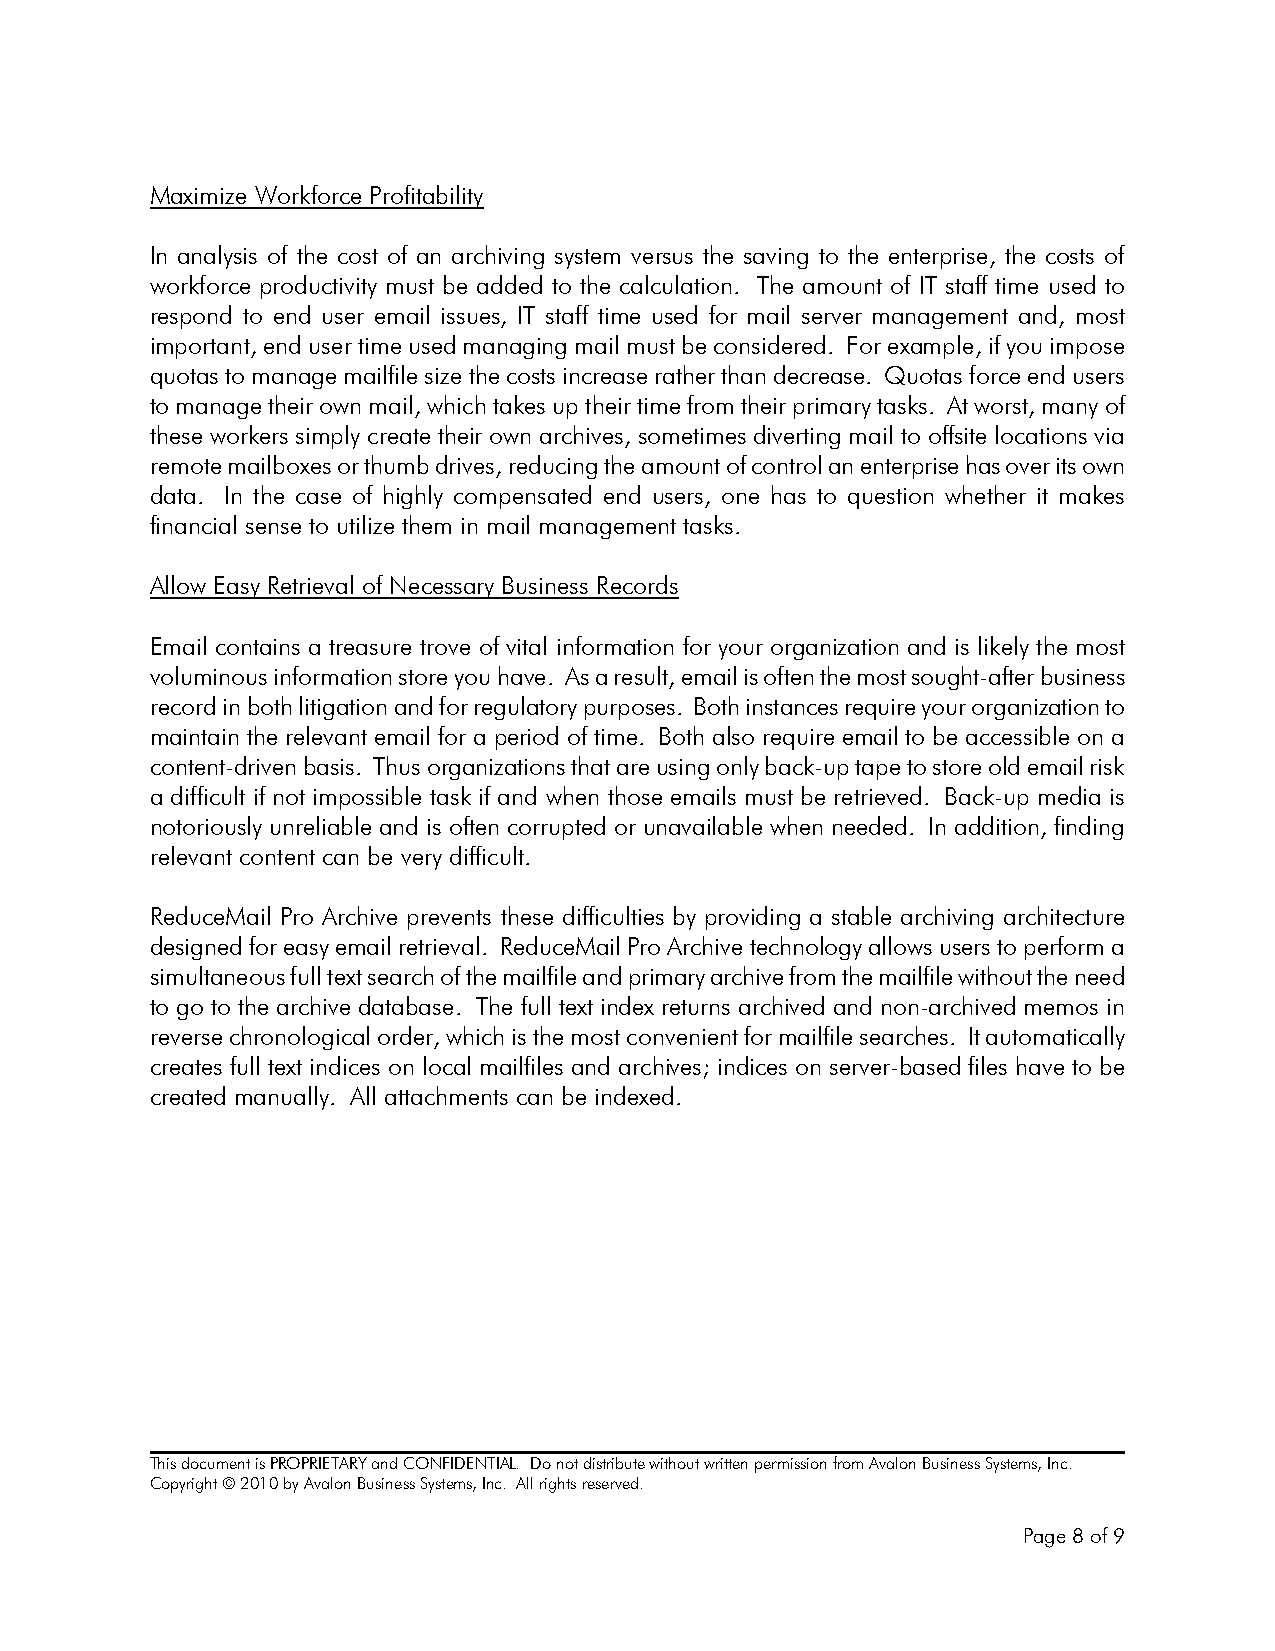
Maximize Workforce Profitability
 In analysis of the cost of an archiving system versus the saving to the enterprise, the costs of
 workforce productivity must be added to the calculation. The amount of IT staff time used to
 respond to end user email issues, IT staff time used for mail server management and, most
 important, end user time used managing mail must be considered. For example, if you impose
 quotas to manage mailfile size the costs increase rather than decrease. Quotas force end users
 to manage their own mail, which takes up their time from their primary tasks. At worst, many of
 these workers simply create their own archives, sometimes diverting mail to offsite locations via
 remote mailboxes or thumb drives, reducing the amount of control an enterprise has over its own
 data. In the case of highly compensated end users, one has to question whether it makes
 financial sense to utilize them in mail management tasks.
 Allow Easy Retrieval of Necessary Business Records
 Email contains a treasure trove of vital information for your organization and is likely the most
 voluminous information store you have. As a result, email is often the most sought-after business
 record in both litigation and for regulatory purposes. Both instances require your organization to
 maintain the relevant email for a period of time. Both also require email to be accessible on a
 content-driven basis. Thus organizations that are using only back-up tape to store old email risk
 a difficult if not impossible task if and when those emails must be retrieved. Back-up media is
 notoriously unreliable and is often corrupted or unavailable when needed. In addition, finding
 relevant content can be very difficult.
 ReduceMail Pro Archive prevents these difficulties by providing a stable archiving architecture
 designed for easy email retrieval. ReduceMail Pro Archive technology allows users to perform a
 simultaneous full text search of the mailfile and primary archive from the mailfile without the need
 to go to the archive database. The full text index returns archived and non-archived memos in
 reverse chronological order, which is the most convenient for mailfile searches. It automatically
 creates full text indices on local mailfiles and archives; indices on server-based files have to be
 created manually. All attachments can be indexed.
 This document is PROPRIETARY and CONFIDENTIAL. Do not distribute without written permission from Avalon Business Systems, Inc.
 Copyright © 2010 by Avalon Business Systems, Inc. All rights reserved.
 Page 8 of 9